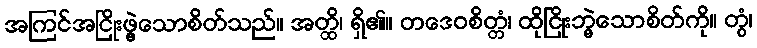
အကြင်အငြိုးဖွဲ့သောစိတ်သည်။ အတ္ထိ၊ ရှိ၏။ တဒေဝစိတ္တံ၊ ထိုငြိုးဘွဲ့သောစိတ်ကို။ တွံ၊